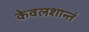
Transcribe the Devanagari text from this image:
केवलशान्तं